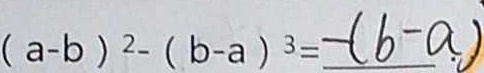
( a - b ) ^ { 2 } - ( b - a ) ^ { 3 } = - ( b - a )